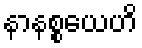
နာနစ္စယေဟိ